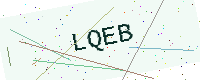
Text: LQEB